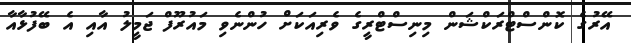
އޭރުގެ ކޮންސްޓްރަކްޝަން މިނިސްޓްރީގެ ވެރިއަކަށް ހުންނެވި މައުރޫފް ޖަމީލު އާއި އެ ބޭފުޅާއާ